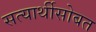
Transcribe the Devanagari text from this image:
सत्यार्थीसोबत